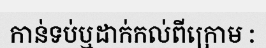
កាន់ទប់ឬដាក់កល់ពីក្រោម :